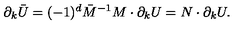
\ \partial _ { k } \bar { U } = ( - 1 ) ^ { d } \bar { M } ^ { - 1 } M \cdot \partial _ { k } U = N \cdot \partial _ { k } U .